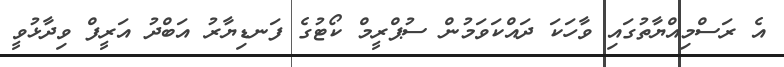
އެ ރަސްމިއްޔާތުގައި ވާހަކަ ދައްކަވަމުން ސުޕްރީމް ކޯޓުގެ ފަނޑިޔާރު އަބްދު އަރީފް ވިދާޅުވީ